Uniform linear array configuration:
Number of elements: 8
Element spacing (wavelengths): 1
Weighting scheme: blackman
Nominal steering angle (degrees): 15
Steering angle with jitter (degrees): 16.51
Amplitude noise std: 0.05
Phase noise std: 0.05

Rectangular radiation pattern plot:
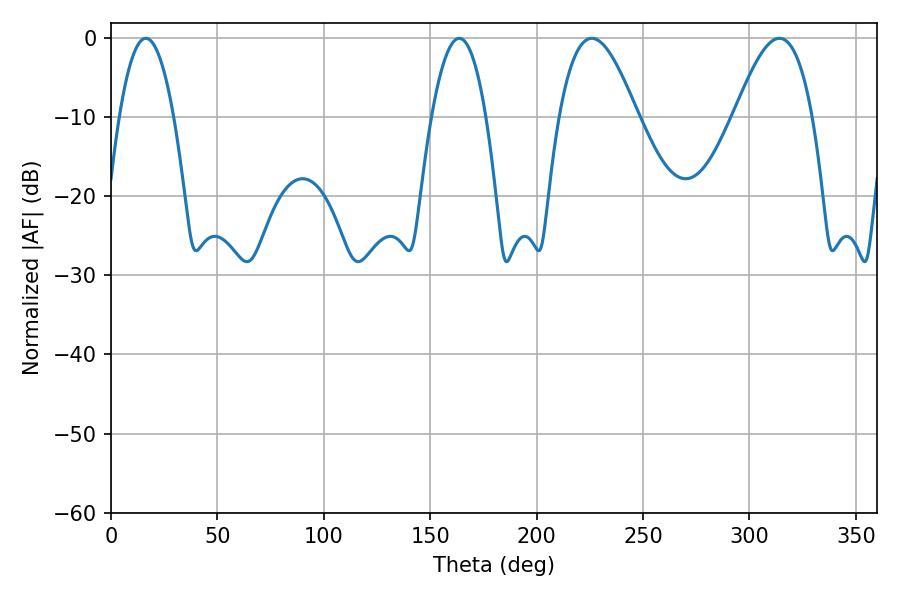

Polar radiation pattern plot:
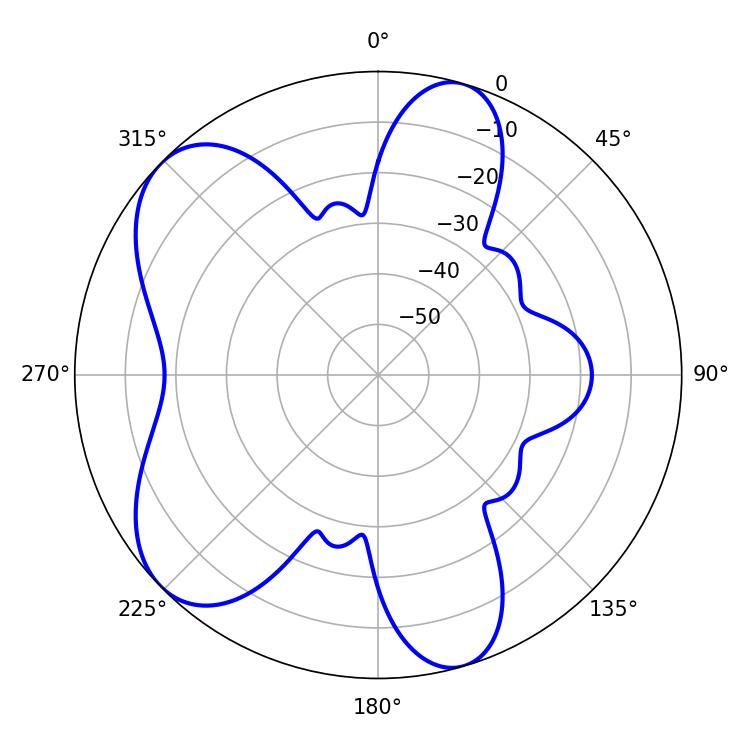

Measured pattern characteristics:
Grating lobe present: TRUE
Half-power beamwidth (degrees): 19.98
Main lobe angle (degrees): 225.9